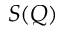
S ( Q )